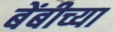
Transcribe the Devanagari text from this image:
बेंबीच्या